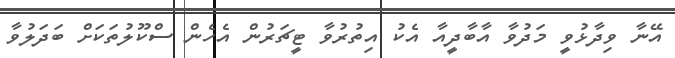
އޭނާ ވިދާޅުވީ މަދުވާ އާބާދީއާ އެކު އިތުރުވާ ޓީޗަރުން އެހެން ސްކޫލުތަކަށް ބަދަލުވާ